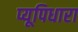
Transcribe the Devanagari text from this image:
प्यूपिधारा